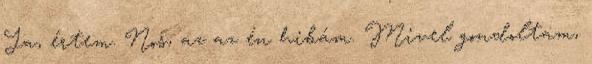
Ja, értem. Nos, az az én hibám. Mivel gondoltam,